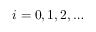
i = 0 , 1 , 2 , \dots